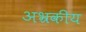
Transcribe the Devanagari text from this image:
अभ्रकीय